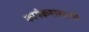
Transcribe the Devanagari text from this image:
कार्यक्रमाखाली